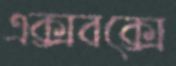
এক্সবক্সে